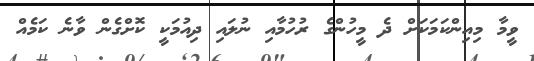
ވީމާ މިއިންކަމަކަށް ދެ މީހުންގެ ރުހުމާއި ނުލައި ދިއުމަކީ ކޮށްގެން ވާނެ ކަމެއް